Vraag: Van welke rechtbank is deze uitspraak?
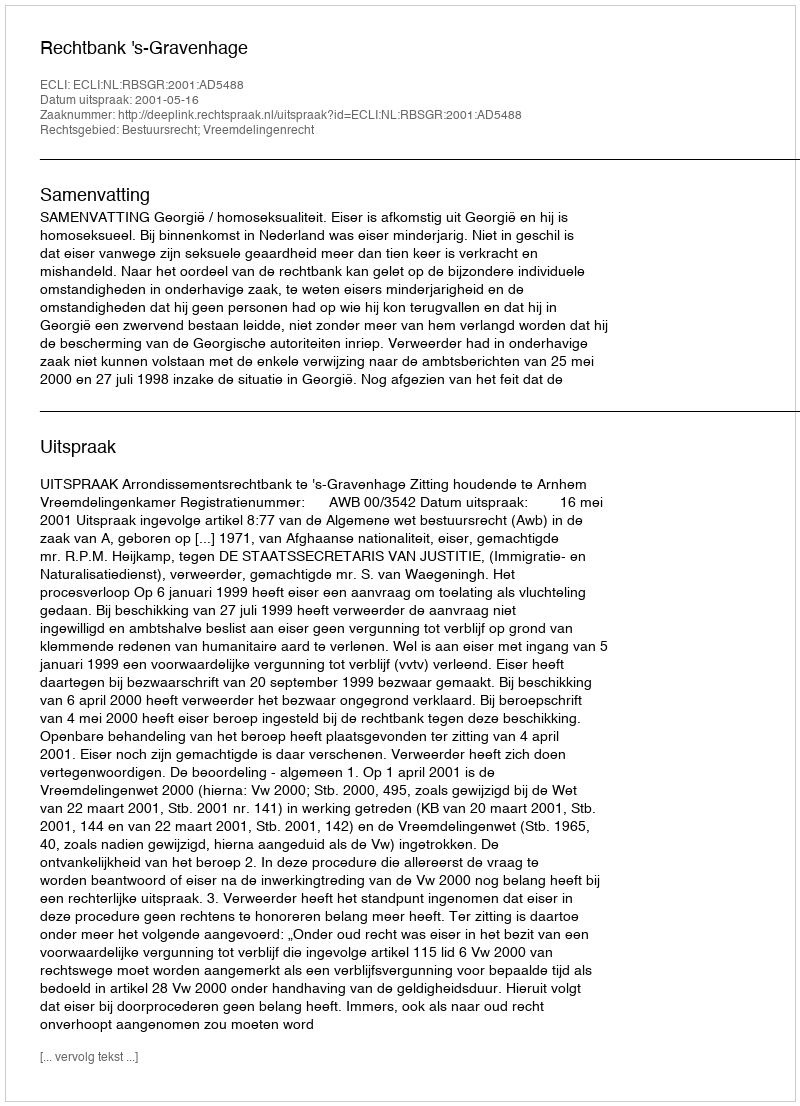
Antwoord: Rechtbank 's-Gravenhage